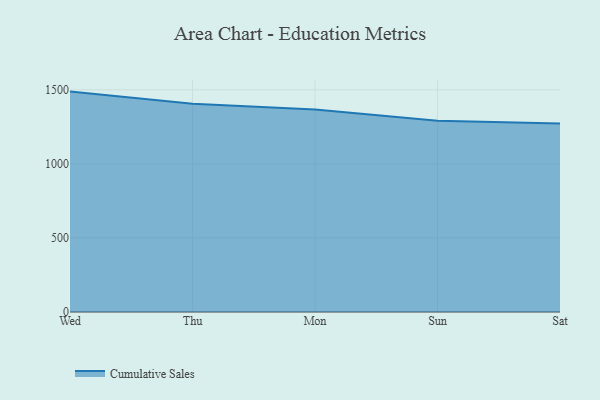
{"axis": {"x": "Day", "y": "Conversion Rate (%)"}, "legend": ["Cumulative Sales"], "data": [{"x": "Wed", "y": 1487.8, "type": "Cumulative Sales"}, {"x": "Thu", "y": 1405.5, "type": "Cumulative Sales"}, {"x": "Mon", "y": 1366.4, "type": "Cumulative Sales"}, {"x": "Sun", "y": 1291.6, "type": "Cumulative Sales"}, {"x": "Sat", "y": 1272.7, "type": "Cumulative Sales"}]}